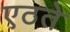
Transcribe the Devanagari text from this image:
एठते